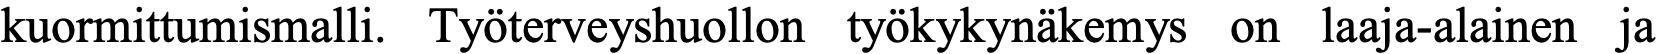
kuormittumismalli. Työterveyshuollon työkykynäkemys on laaja-alainen ja